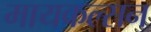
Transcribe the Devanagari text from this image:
मायकल्सन